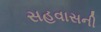
સહવાસની